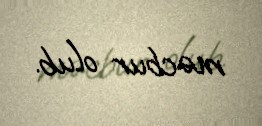
məcbur olub.